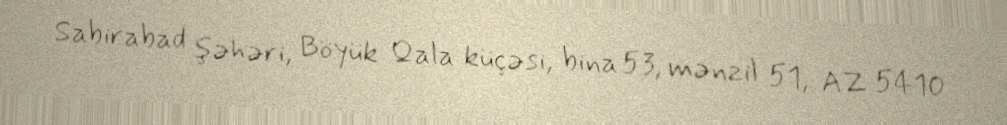
Sabirabad şəhəri, Böyük Qala küçəsi, bina 53, mənzil 51, AZ 5410